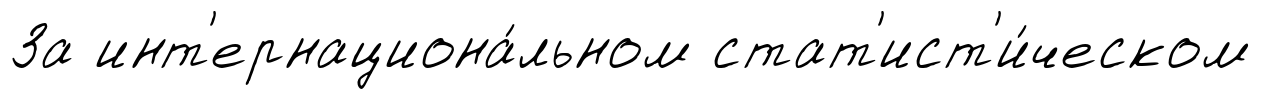
За инт'ернациона́льном стат'ист'и́ческом